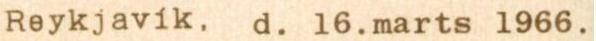
Reykjavik, d. 16.marts l966.